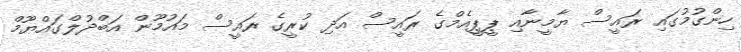
ހިންގުމުގައި ރައީސް ޔާމީނާއި ޕީޕީއެމްގެ ރައީސް އަދި ކުރީގެ ރައީސް މައުމޫން އަބްދުލްގައްޔޫމް